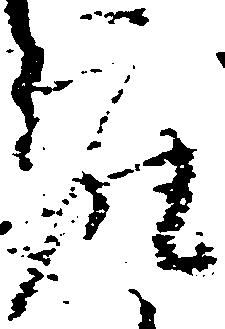
座